Vaccination United Provinces of Agra and Oudh 1902-1913 - 1902-1913
Year: 1902
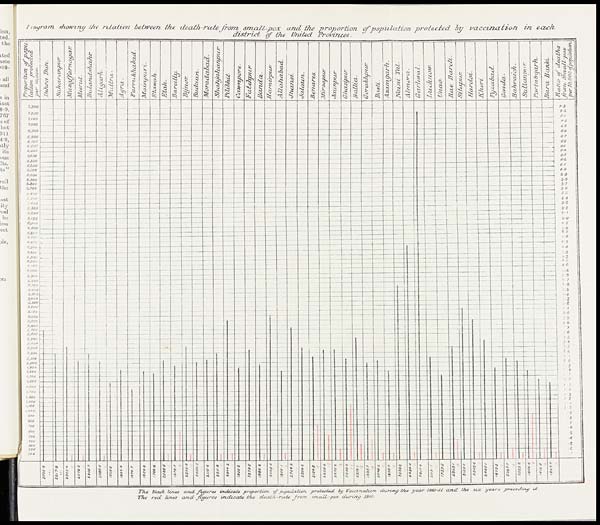
The black lines and figures
indicate proportion
of population
protected
by Vaccination
during the year 1910-11 and
the six years
preceding
it
The red lines and figures
indicate
the death-rate
from
small - pox during
1910.